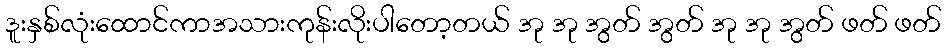
ဒူးနှစ်လုံးထောင်ကာအသားကုန်းလိုးပါတော့တယ် အု အု အွတ် အွတ် အု အု အွတ် ဖတ် ဖတ်